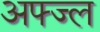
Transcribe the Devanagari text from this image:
अफ्ज्ल